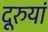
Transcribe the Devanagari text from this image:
दूरुयां